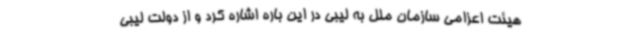
هیئت اعزامی سازمان ملل به لیبی در این باره اشاره کرد و از دولت لیبی